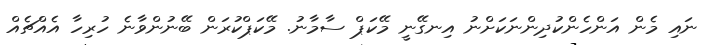
ނައި މެން އަންހެންކުދިންނަކަށްނު އިނގޭނީ މޭކަޕް ސާމާނު. މޭކަޕްކުރަން ބޭނުންވާނެ ހުރިހާ އެއްޗެއް